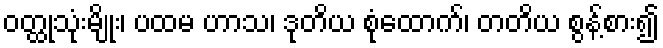
ဝတ္ထုသုံးမျိုး၊ ပထမ ဟာသ၊ ဒုတိယ စုံထောက်၊ တတိယ စွန့်စား၍